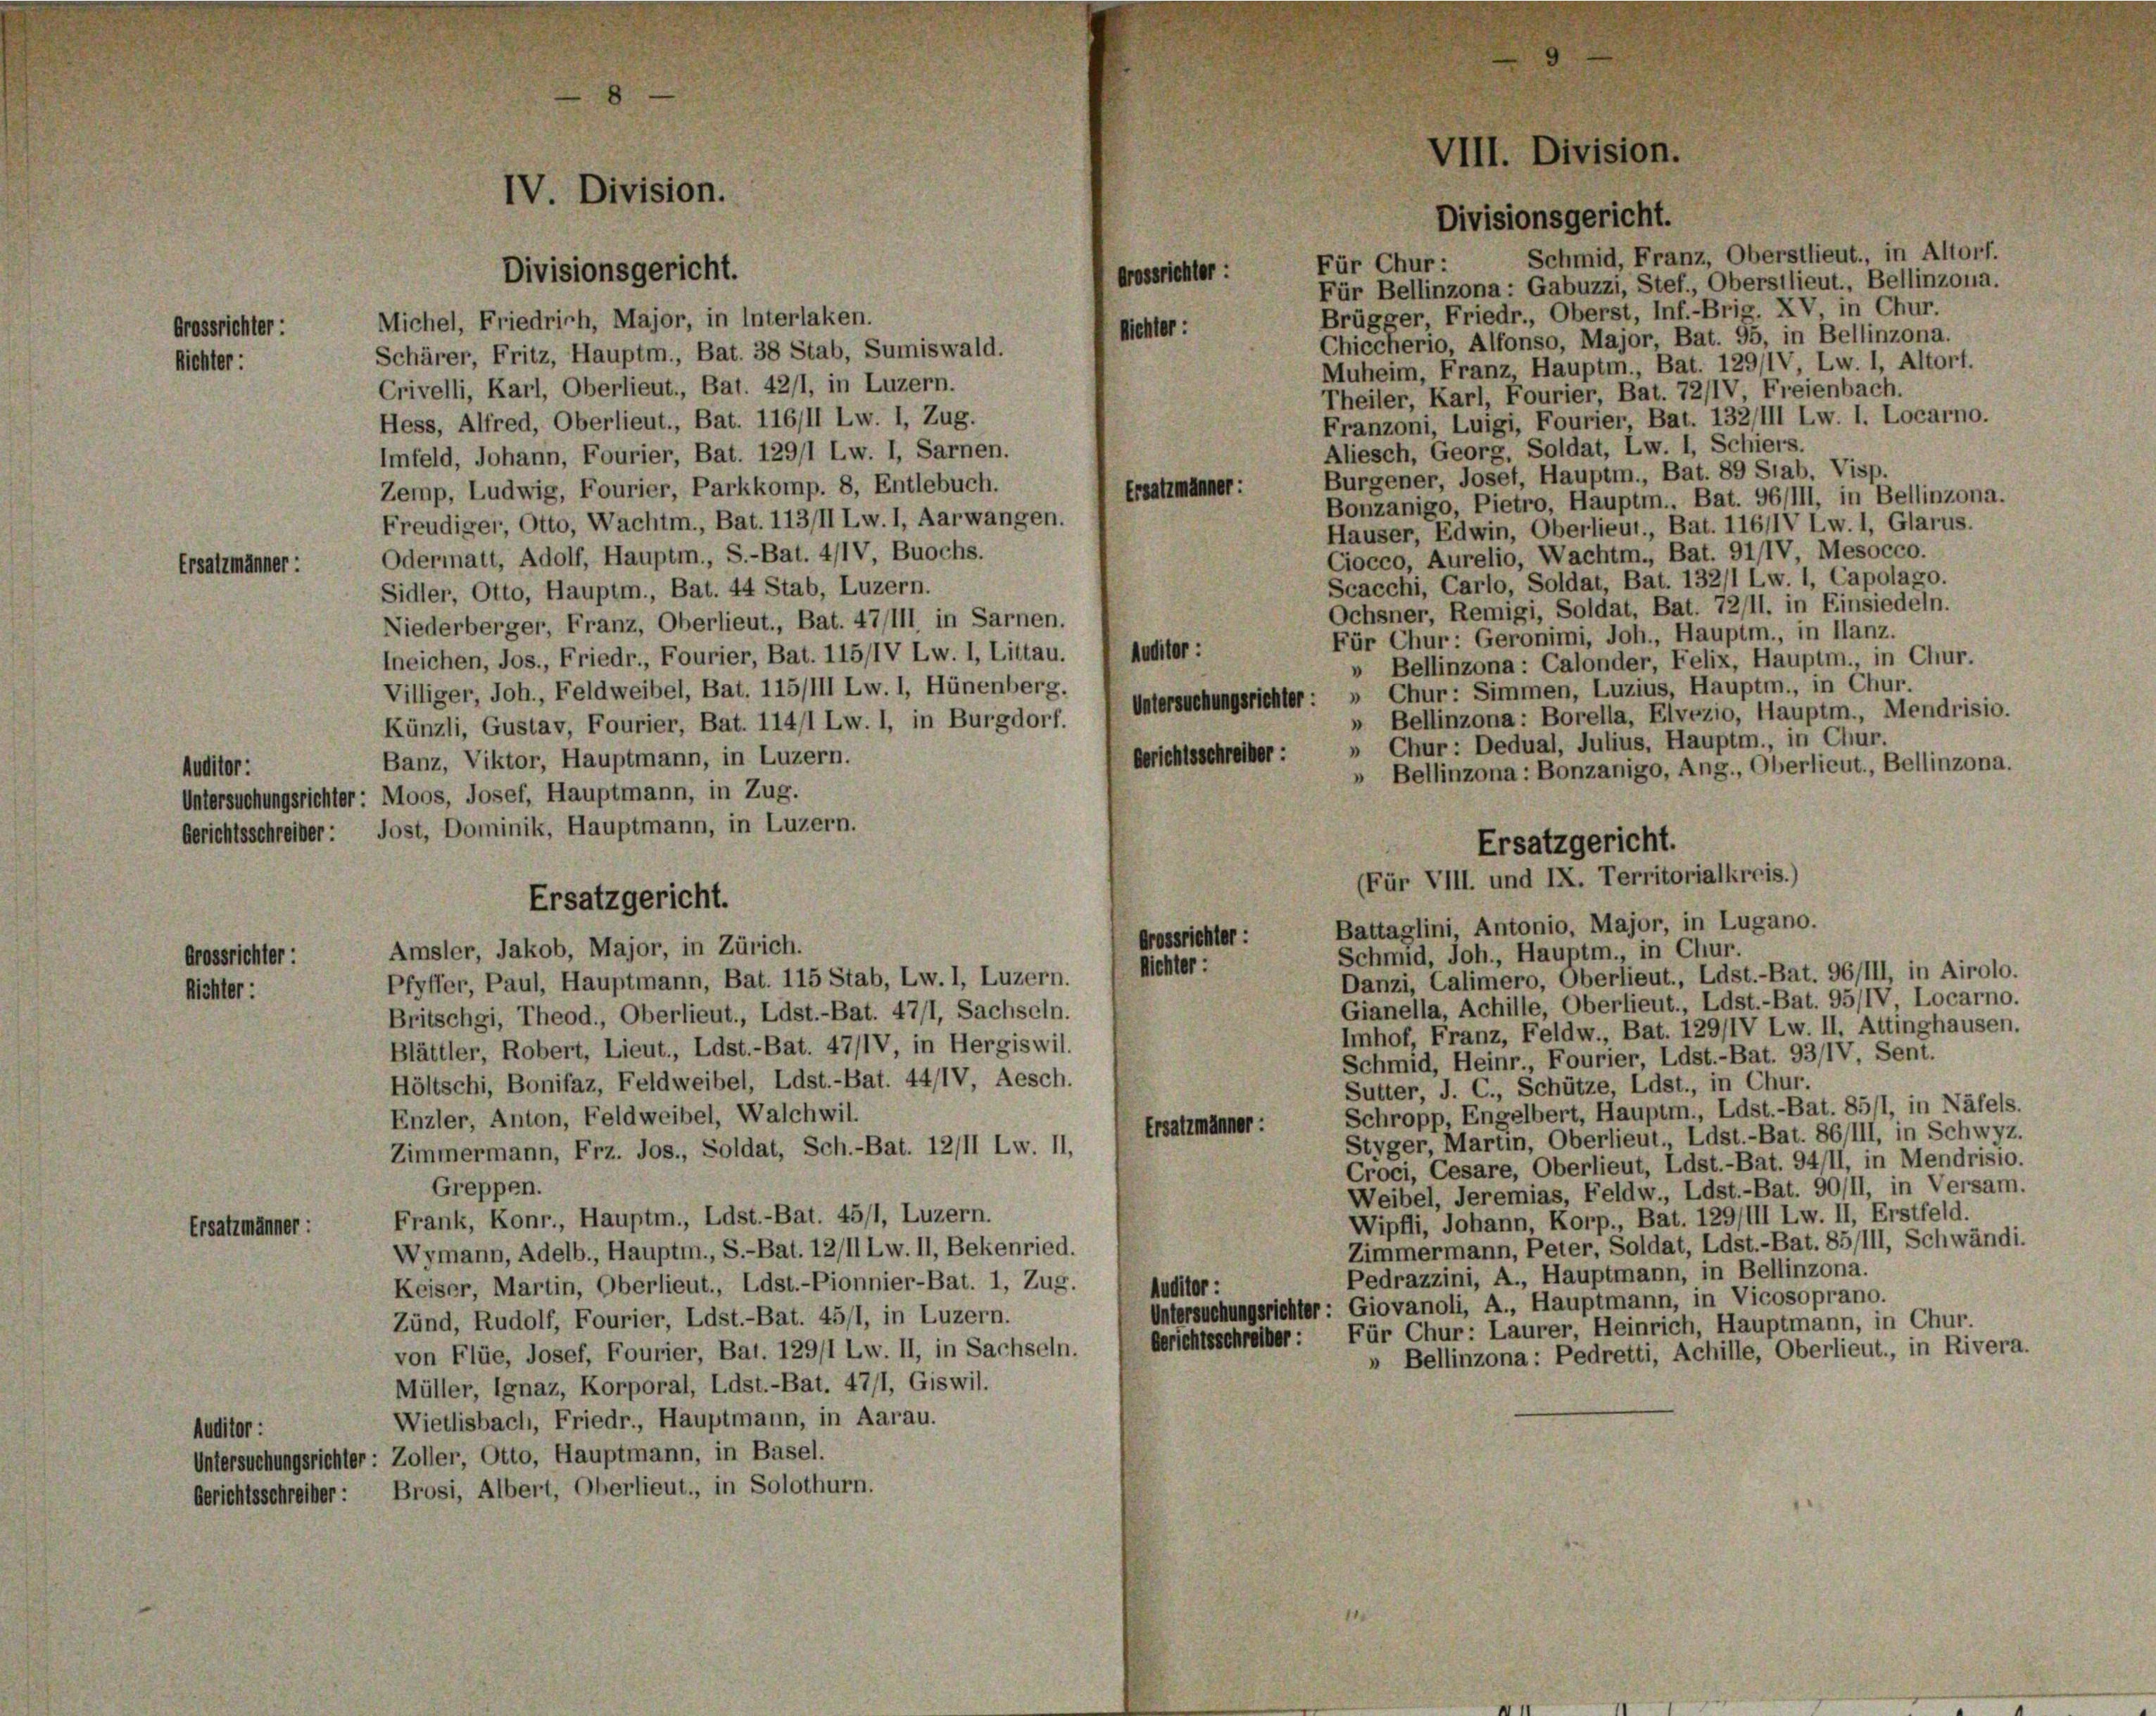
Grossrichter:
Richter:

Für Chur: Schmid, Franz, Oberstlieut., in Altorf.
Divisionsgericht.
Für Bellinzona : Gabuzzi, Stef., Oberstlieut., Bellinzona.
Brügger Friedr., Oberst, Inf.-Brig. XV, in Chur.
Michel, Friedrich, Major, in Interlaken.
Nichter:
Chiccherio, Alfonso, Major, Bat. 95, in Bellinzona.
Schärer, Fritz, Hauptm., Bat. 38 Stab, Sumiswald.
Muheim, Franz Hauptm., Bat. 129/IV, Lw. 1, Altorf.
Crivelli, Karl, Oberlieut., Bat. 42/1, in Luzern.
Theiler, Karl, Fourier, Bat. 72/IV Freienbach.
Franzoni, Luigi, Fourier, Bat. 132/111 Lw. 1. Locarno.
Hess, Alfred, Oberlieut., Bat. 116/11 Lw. 1, Zug.
Aliesch, Georg, Soldat, Lw. 1, Schiers.
Imfeld, Johann, Fourier, Bat. 129/1 Lw. 1, Sarnen.
Burgener, Joset, Hauptm., Bat. 89 Stab. Visp.
Zemp, Ludwig, Fourier, Parkkomp. 8, Entlebuch.
Ersatzmänner:
Bonzanigo, Pietro, Hauptm.. Bat. 96/III, in Bellinzona.
Freudiger, Otto, Wachtm., Bat. 113/II Lw. I, Aarwangen.
Häuser, Edwin, Oberlieut., Bat. 116/IV Lw. 1, Glarus.
Ciocco, Aurelio, Wachtm., Bat. 91/IV, Mesocco.
Odermatt, Adolf, Hauptm., S.-Bat. 4/IV, Buochs.
Ersaltmänner:
Scacchi, Carlo, Soldat, Bat. 132/1 Lw. 1, Capolago.
Sidler, Otto, Hauptm., Bat. 44 Stab, Luzern.
Ochsner, Remigi, Soldat, Bat. 72/11. in Einsiedeln.
Niederberger, Franz, Oberlieut., Bat. 47/111, in Sarnen.
Für Chur: Geronimi, Joh., Hauptm., in Ilanz.
lneichen, Jos., Friedr., Fourier, Bat. 115/IV Lw. 1, Littau. I Auditor :
Bellinzona : Calonder, Felix, Hauptm., in Chur.
Villiger, Joh., Feldweibel, Bat. 115/III Lw. 1, Hünenberg.
Künzli, Gustav, Fourier, Bat. 114/1 Lw. 1, in Burgdorf. (Untersuchungsrichter: " Chur: Simmen, Luzius, Hauptm., in Chur.
» Bellinzona: Borella, Elvezio, Hauptm., Mendrisio.
» Chur: Dedual, Julius, Hauptm., in Chur.
Gerichtsschreiber:
Banz, Viktor, Hauptmann, in Luzern.
tor:
» Bellinzona : Bonzanigo, Ang., Oberlieut., Bellinzona.
Untersuchungsrichter: Moos, Josef, Hauptmann, in Zug.
lsschreiber: Jost, Dominik, Hauptmann, in Luzern.
Ersatzgericht.
(Für VIII. und IX. Territorialkreis.)

Grossrichter:

IV. Division.

Ersatzgericht.
Amsler, Jakob, Major, in Zürich.

Grossrichter :

VIII. Division.
Divisionsgericht.

Battaglini, Antonio, Major, in Lugano.
Grossrichter :
Schmid, Joh., Hauptm., in Chur.
Richter:
Danzi, Calimero, Oberlieut., Ldst.-Bat. 96/III, in Airolo.
Pfyffer, Paul, Hauptmann, Bat. 115 Stab, Lw. 1, Luzern.
Richter:
Gianella, Achille, Oberlieut., Ldst.-Bat. 95/IV Locarno.
Britschgi, Theod., Oberlieut., Ldst.-Bat. 47/1, Sachseln.
Imhof, Franz, Feldw., Bat. 129/IV Lw. II. Attinghausen.
Blättler, Robert, Lieut., Ldst.-Bat. 47/IV, in Hergiswil.
Schmid, Heinr., Fourier, Ldst.-Bat. 93/IV, Sent.
Höltschi, Bonifaz, Feldweibel, Ldst.-Bat. 44/IV, Aesch.
Sutter, J. C., Schütze, Ldst., in Chur.
Schropp, Engelbert, Hauptm., Ldst.-Bat. 85/1, in Näfels.
Enzler, Anton, Feldweibel, Walchwil.
Ersatzmänner:
Styger, Martin, Oberlieut., Ldst.-Bat. 86/III, in Schwyz.
Zimmermann, Frz. Jos., Soldat, Sch.-Bat. 12/11 Lw. II,
Croci, Cesare, Oberlieut, Ldst.-Bat. 94/II, in Mendristo.
Greppen.
Weibel, Jeremias, Feldw., Ldst.-Bat. 90/11, in Versam.
Frank, Konr., Hauptm., Ldst.-Bat. 45/1, Luzern.
Wipfli, Johann, Korp., Bat. 129/III Lw. II, Erstfeld.
Ersatzmänner:
Zimmermann, Peter, Soldat, Ldst.-Bat. 85/111, Schwändi.
Wymann, Adelb., Hauptm., S.-Bat. 12/11 Lw. II, Bekenried.
Pedrazzini, A., Hauptmann, in Bellinzona.
Keiser, Martin, Oberlieut., Ldst.-Pionnier-Bat. 1, Zug.
Auditor :
Untersuchungsrichter: Giovanoli, A., Hauptmann, in Vicosoprano.
Zünd, Rudolf, Fourier, Ldst.-Bat. 45/1, in Luzern.
Berichtsschreiber: Für Chur: Laurer, Heinrich, Hauptmann, in Chur.
von Flüe, Josef, Fourier, Bat. 129/1 Lw. II, in Sachseln.
» Bellinzona : Pedretti, Achille, Oberlieut., in Rivera.
Müller, Ignaz, Korporal, Ldst.-Bat. 47/1, Giswil.
Wietlisbach, Friedr., Hauptmann, in Aarau.
Auditor :
Untersuchungsrichter: Zoller, Otto, Hauptmann, in Basel.
Gerichtsschreiber: Brosi, Albert, Oberlieut., in Solothurn.